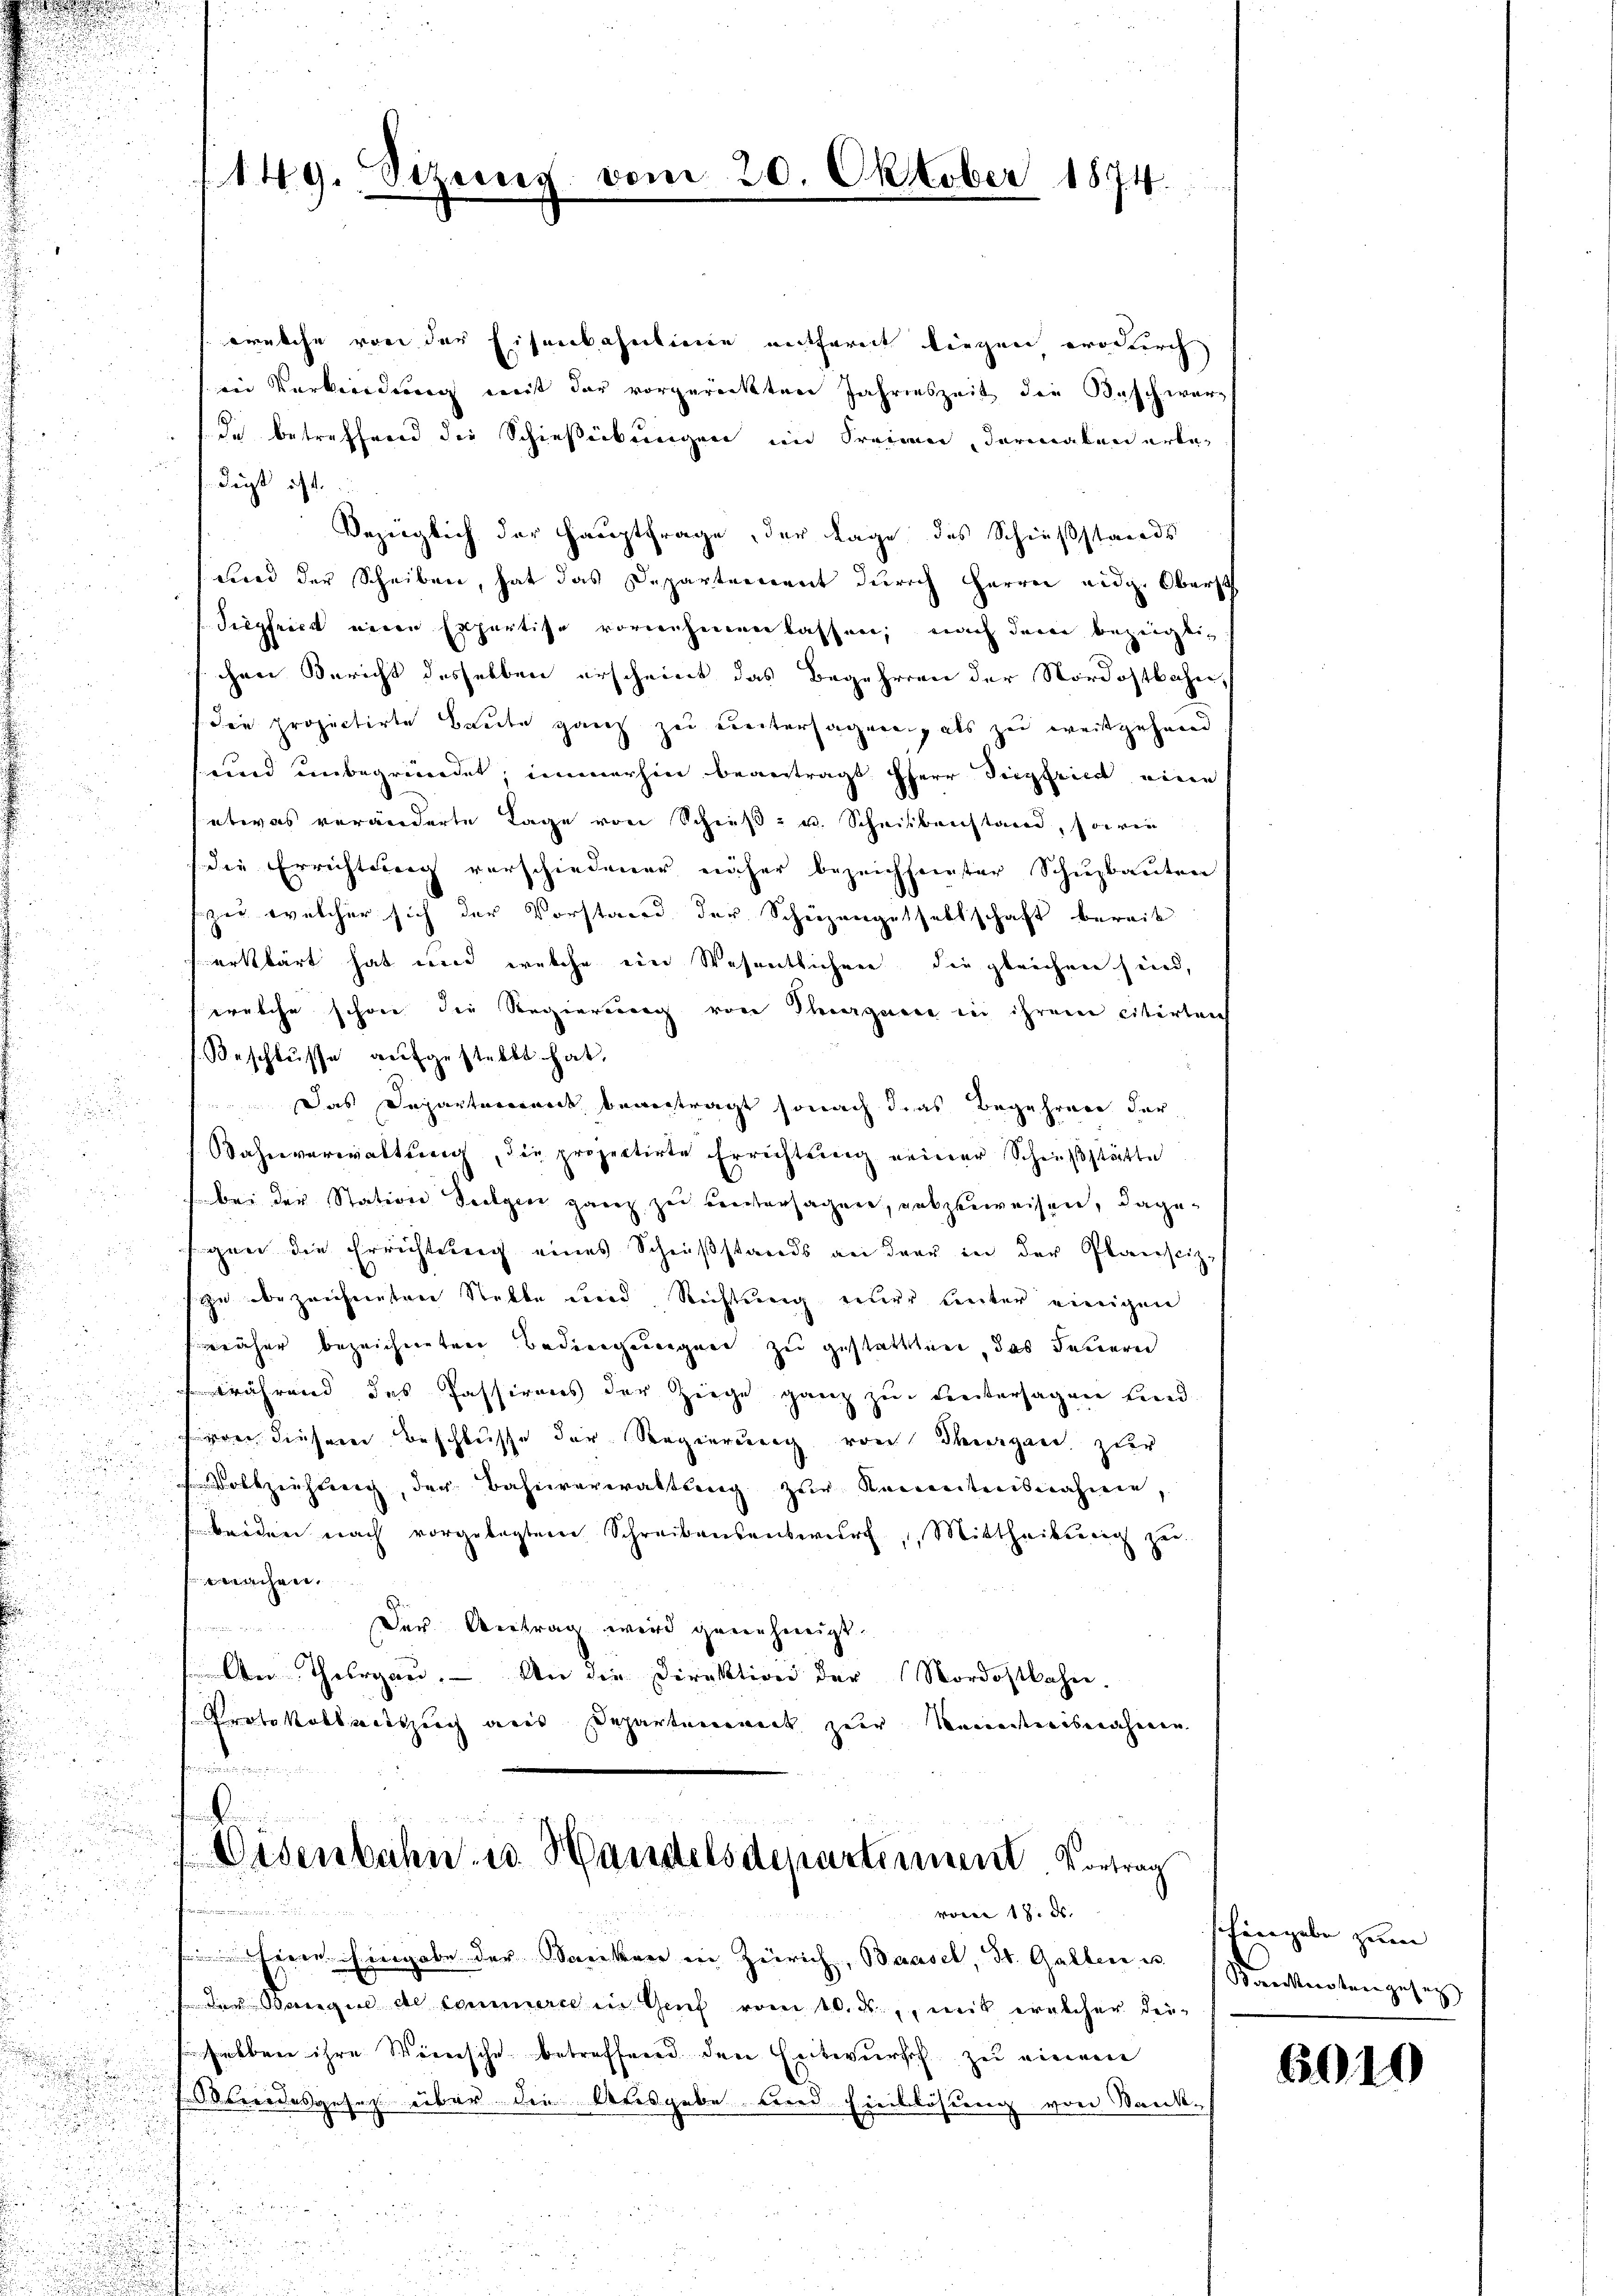
.

welche von der Eisenbahnlinie entfereit liegen erdurch
in Verbindung mit der vorgerückten Jahreszeit die Baschwerde betreffend die Schießübungen in Freien, dermalen erledigt ist.
Bezüglich der Hauptfrage, der Lage des Schießstands
wird der Scheiben, hat das Departenannt durch Herren eidg. Oberst
Siegfried neuen Expertise vornehmen lassen, nach dem bezeigtichen Bericht desselben erscheint das Begehren der Nordostbahn,
die projectirte Baute ganz zu untersagenen, als zu weitgehend
sund unbegründet, immerhin beantragt herr Feigheit eine
etwas veränderte Tage von Schieβ- u. Schriebenstand, sowie
(die Errichtung vorschiedener näher bezeichneter Schuzbauten
zu welcher sich der Vorstand der Schüzengesellschaft bereit
erklärt hat wird welche ein Wesentlichnen die gleichen sind,
welche schöne die Regierung von Thearguere in ihrem citirleich
Beschlŭsse aŭfgestellt hat.
Das Departement beantragt sonach das Begehren der
Bahnverwaltung, die projectirte Errichtung neiner Schlußstätte
bei der Station Seelgen ganz zu beersagen, gabzuweisen, dagegen die Errichtung eines Scheiβstands an dar in der Planscizsyn bezeichneten Stelle und Richtung einer unter einigen
näher bezeichneten Bedingungen zu gestatten, das Feuern
i
während des Passirens der Zeige ganz zur Untersagen Lind

i
von diesem Beschlusse der Regierung von Thurgau, zur

Dobzeichter, der Bahnverwaltung zur Keireitensnahme,

beiden nach vorgelegtem Schreibensentwurf, Mittheilung zu
i
u
.
twachen.
5
i
Der Antrag wird genehmigt.

n
Aber Thurgau. — An die Direktion der Nordostbahn.
a
Protokollvertzeich aus Departenneck zur Kenntnisnahmen

i
.

Disenbahn u. Handelsdepartement Vortrag
d
de 18. ds.
Eine Eingabe der Saniker in Zürich, Baasel, St. Gallen u. Sanknoten gesetz
.
 der Rangen de Commerce in Genf vom 10. ds., mit welcher dei-
helben ihre Wünsche betreffend den Entwursch zu einem

Oberordesgesetz über die Ausgabe und Einblösung von Sank-

149. Sizenz vom 20.

Oktober 1874.

shingabe zum |

6010